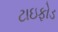
ટાઇફોડ